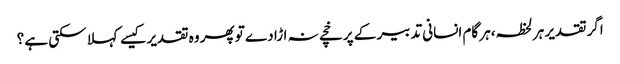
اگر تقدیر ہر لحظہ،ہر گام انسانی تدبیر کے پرخچے نہ اڑا دے تو پھر وہ تقدیر کیسے کہلا سکتی ہے ؟